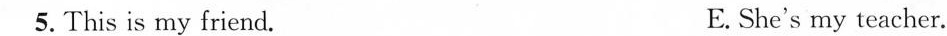
5. This is my friend. E.She's my teacher.